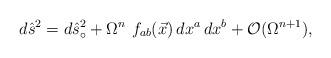
LaTeX: \begin{align*}d{\hat s}^2 = d{\hat s}_{\circ}^2 + \Omega^n \, \, f_{ab}(\vec x) \,dx^a \, dx^b +{\cal O}(\Omega^{n+1}),\end{align*}